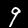
Digit: 9